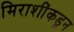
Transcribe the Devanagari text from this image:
मिराशींकडून